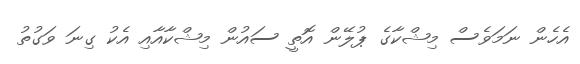
އެހެން ނަމަވެސް މިޝްކާގެ ޕުލޭން އޮތީ ސައުން މިޝްކާއާއި އެކު ގިނަ ވަގުތު